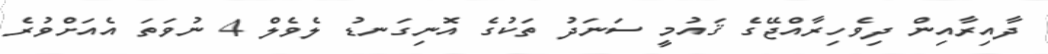
ދާއިރާއިން ދިވެހިރާއްޖޭގެ ޤައުމީ ސަނަދު ތަކުގެ އޮނިގަނޑު ލެވެލް 4 ނުވަތަ އެއަށްވުރެ